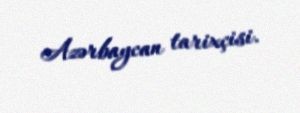
Azərbaycan tarixçisi.